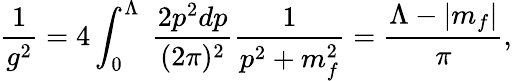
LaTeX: {\frac{1}{g^{2}}}=4\int_{0}^{\Lambda}~{\frac{2p^{2}dp}{(2\pi)^{2}}}{\frac{1}{p^{2}+m_{f}^{2}}}=\frac{\Lambda-|m_{f}|}{\pi},